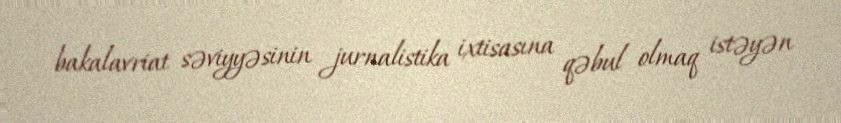
bakalavriat səviyyəsinin jurnalistika ixtisasına qəbul olmaq istəyən